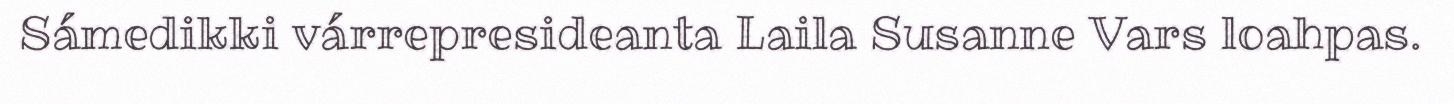
Sámedikki várrepresideanta Laila Susanne Vars loahpas.